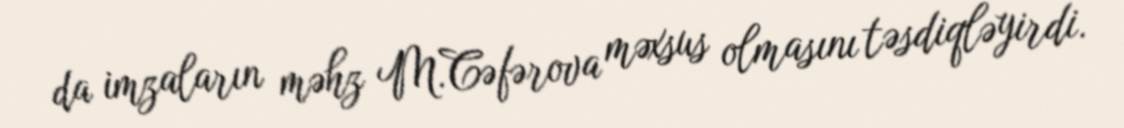
da imzaların məhz M.Cəfərova məxsus olmasını təsdiqləyirdi.